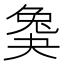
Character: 𡙖